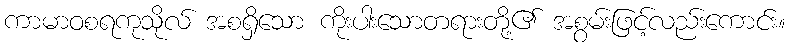
ကာမာဝစရကုသိုလ် အစရှိသော ကိုးပါးသောတရားတို့၏ အစွမ်းဖြင့်လည်းကောင်း။